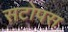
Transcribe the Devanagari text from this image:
सटोपस